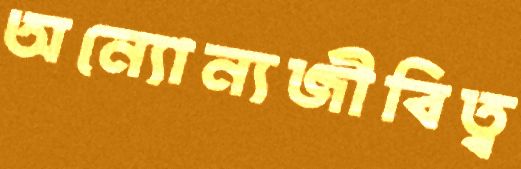
অন্যোন্যজীবিত্ব